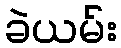
ခဲယမ်း